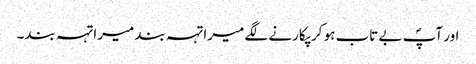
اور آپؐ بے تاب ہو کر پکارنے لگے میرا تہہ بند میرا تہہ بند۔